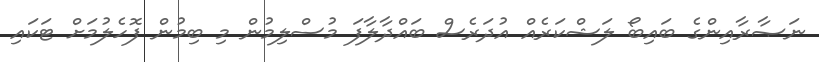
ނަޞާރާއިންގެ ބައިބޯ ލަޝްކަރެއް އުދަރެސް ބައްދާލާފަ މުސްލިމުން މި ބިމުން ފޮހެލުމަށް ޓަކައި